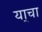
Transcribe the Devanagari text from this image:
या्चा